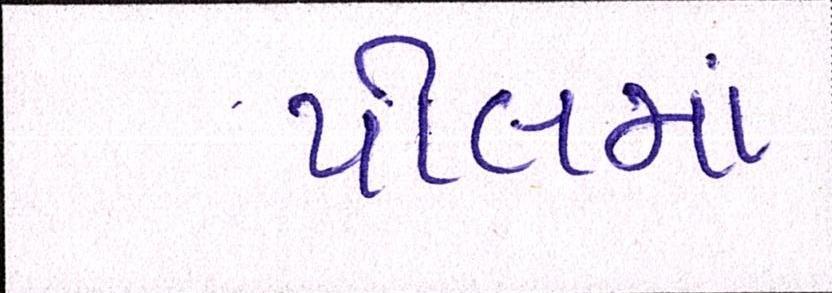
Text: પીલમાં